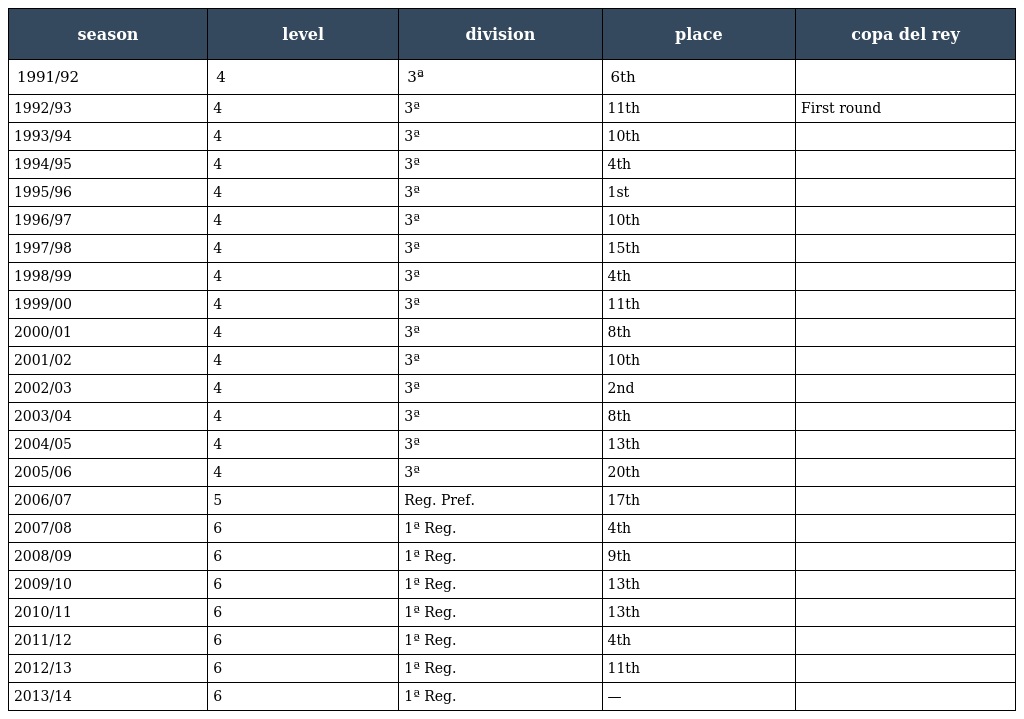
| season | level | division | place | copa del rey |
 | --- | --- | --- | --- | --- |
 | 1991/92 | 4 | 3ª | 6th |  |
 | 1992/93 | 4 | 3ª | 11th | First round |
 | 1993/94 | 4 | 3ª | 10th |  |
 | 1994/95 | 4 | 3ª | 4th |  |
 | 1995/96 | 4 | 3ª | 1st |  |
 | 1996/97 | 4 | 3ª | 10th |  |
 | 1997/98 | 4 | 3ª | 15th |  |
 | 1998/99 | 4 | 3ª | 4th |  |
 | 1999/00 | 4 | 3ª | 11th |  |
 | 2000/01 | 4 | 3ª | 8th |  |
 | 2001/02 | 4 | 3ª | 10th |  |
 | 2002/03 | 4 | 3ª | 2nd |  |
 | 2003/04 | 4 | 3ª | 8th |  |
 | 2004/05 | 4 | 3ª | 13th |  |
 | 2005/06 | 4 | 3ª | 20th |  |
 | 2006/07 | 5 | Reg. Pref. | 17th |  |
 | 2007/08 | 6 | 1ª Reg. | 4th |  |
 | 2008/09 | 6 | 1ª Reg. | 9th |  |
 | 2009/10 | 6 | 1ª Reg. | 13th |  |
 | 2010/11 | 6 | 1ª Reg. | 13th |  |
 | 2011/12 | 6 | 1ª Reg. | 4th |  |
 | 2012/13 | 6 | 1ª Reg. | 11th |  |
 | 2013/14 | 6 | 1ª Reg. | — |  |